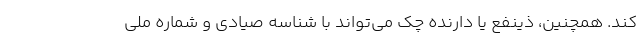
کند. همچنین، ذینفع یا دارنده چک می‌تواند با شناسه صیادی و شماره ملی